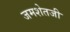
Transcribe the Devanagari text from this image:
जमशेतजी